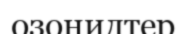
озонидтер